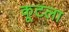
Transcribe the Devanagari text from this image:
कूटला